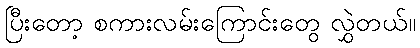
ပြီးတော့ စကားလမ်းကြောင်းတွေ လွှဲတယ်။